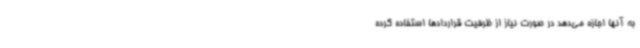
به آنها اجازه می‌دهد در صورت نیاز از ظرفیت قراردادها استفاده کرده